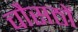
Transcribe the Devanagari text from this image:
चौसठों